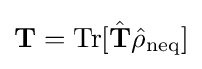
\mathbf {T} =\mathrm {Tr} [{\hat {\mathbf {T} }}{\hat {\rho }}_{\mathrm {neq} }]